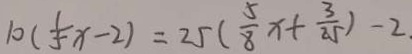
1 0 ( \frac { 1 } { 5 } x - 2 ) = 2 5 ( \frac { 5 } { 8 } x + \frac { 3 } { 2 5 } ) - 2